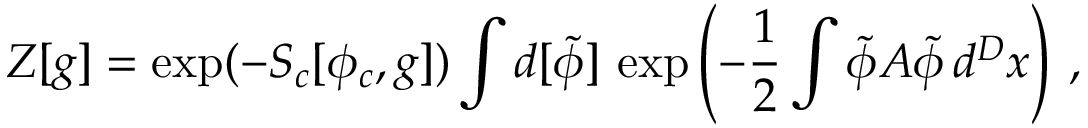
Z [ g ] = \exp ( - S _ { c } [ \phi _ { c } , g ] ) \int d [ \tilde { \phi } ] \, \exp \left( - \frac 1 2 \int \tilde { \phi } A \tilde { \phi } \, d ^ { D } x \right) \: , \nonumber